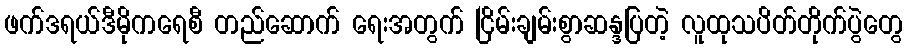
ဖက်ဒရယ်ဒီမိုကရေစီ တည်ဆောက် ရေးအတွက် ငြိမ်းချမ်းစွာဆန္ဒပြတဲ့ လူထုသပိတ်တိုက်ပွဲတွေ